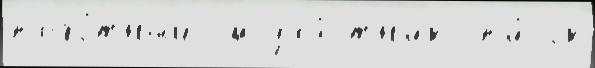
п'ехо́тный см уча́стн'ик сп'и́сок